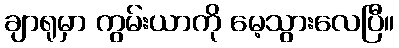
ချာရုမှာ ကွမ်းယာကို မေ့သွားလေပြီ။